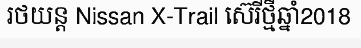
រថយន្ត Nissan X-Trail ស៊េរីថ្មីឆ្នាំ2018